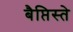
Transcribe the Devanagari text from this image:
बैप्तिस्ते